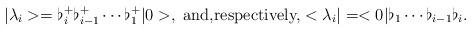
LaTeX: \begin{align*}|\lambda _i>=\flat_i^+\flat_{i-1}^+\cdots \flat_1^+|0>, \mbox{ and,respectively,} <\lambda _i|=<0|\flat_1\cdots \flat_{i-1}\flat_{i}.\end{align*}